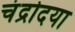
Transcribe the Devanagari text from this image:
चंद्रोदया